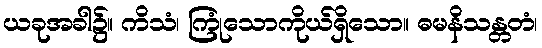
ယခုအခါ၌။ ကိသံ၊ ကြုံသောကိုယ်ရှိသော။ ဓမနိသန္တတံ၊